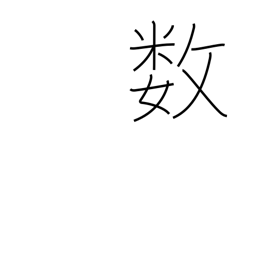
Meaning: fate